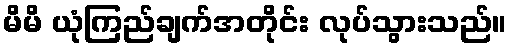
မိမိ ယုံကြည်ချက်အတိုင်း လုပ်သွားသည်။